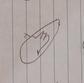
Signature authenticity: forged